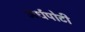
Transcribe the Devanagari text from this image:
अर्धपोटी